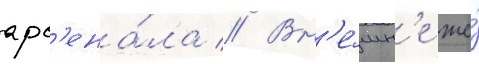
арс'ена́ла // Вн'е́шн'е же́